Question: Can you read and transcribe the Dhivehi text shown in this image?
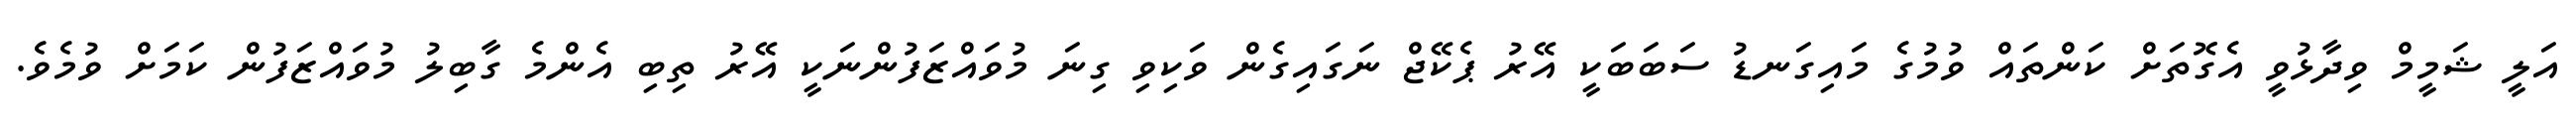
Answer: އަލީ ޝަމީމް ވިދާޅުވީ އެގޮތަށް ކަންތައް ވުމުގެ މައިގަނޑު ސަބަބަކީ އޭރު ޕެކޭޖް ނަގައިގެން ވަކިވި ގިނަ މުވައްޒަފުންނަކީ އޭރު ތިބި އެންމެ ގާބިލު މުވައްޒަފުން ކަމަށް ވުމެވެ.